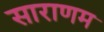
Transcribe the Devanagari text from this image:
साराणम